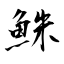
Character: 鮢